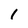
Character: 1